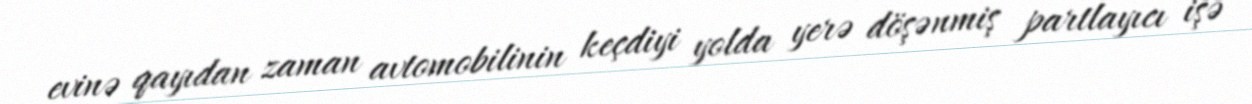
evinə qayıdan zaman avtomobilinin keçdiyi yolda yerə döşənmiş partlayıcı işə